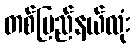
တစ်ပြည်နယ်လုံး